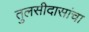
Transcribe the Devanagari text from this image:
तुलसीदासांचा